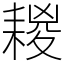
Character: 䎫